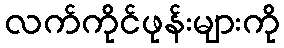
လက်ကိုင်ဖုန်းများကို